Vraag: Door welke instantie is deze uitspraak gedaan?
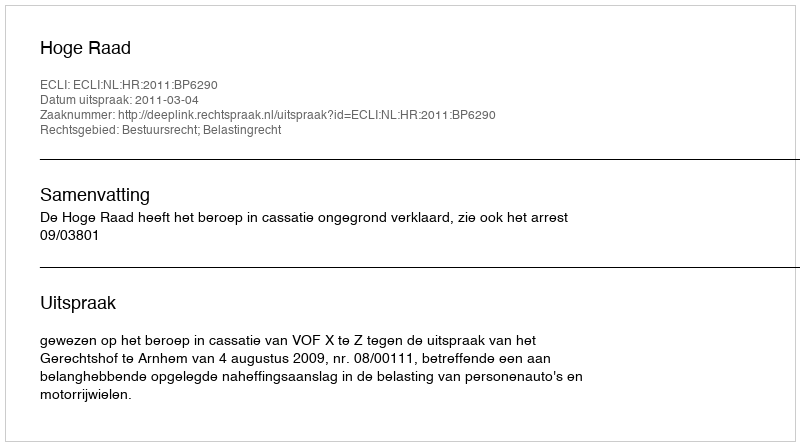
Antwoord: Hoge Raad